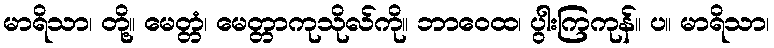
မာရိသာ၊ တို့။ မေတ္တံ၊ မေတ္တာကုသိုလ်ကို။ ဘာဝေထ၊ ပွါးကြကုန်။ ပ။ မာရိသာ၊